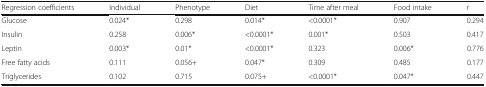
<table><thead><tr><td><b>Regression coefficients</b></td><td><b>Individual</b></td><td><b>Phenotype</b></td><td><b>Diet</b></td><td><b>Time after meal</b></td><td><b>Food intake</b></td><td><b>r</b></td></tr></thead><tbody><tr><td>Glucose</td><td>0.024*</td><td>0.298</td><td>0.014*</td><td>&lt;0.0001*</td><td>0.907</td><td>0.294</td></tr><tr><td>Insulin</td><td>0.258</td><td>0.006*</td><td>&lt;0.0001*</td><td>0.001*</td><td>0.503</td><td>0.417</td></tr><tr><td>Leptin</td><td>0.003*</td><td>0.01*</td><td>&lt;0.0001*</td><td>0.323</td><td>0.006*</td><td>0.776</td></tr><tr><td>Free fatty acids</td><td>0.111</td><td>0.056+</td><td>0.047*</td><td>0.309</td><td>0.485</td><td>0.177</td></tr><tr><td>Triglycerides</td><td>0.102</td><td>0.715</td><td>0.075+</td><td>&lt;0.0001*</td><td>0.047*</td><td>0.447</td></tr></tbody></table>